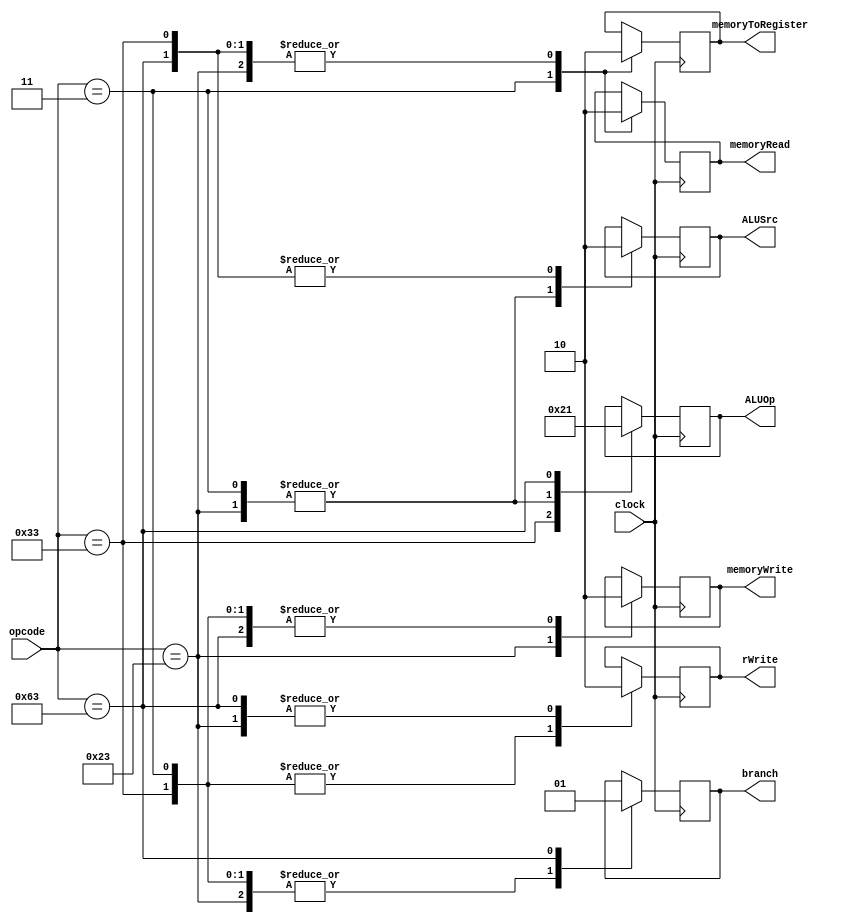
//-------------------------------------------------------
// Type: module
// Department: Cincia da computao - UFV-Florestal
// Author's Email: joao.andrade1@ufv.br, mateus.h.figueredo@ufv.br, vitor.lacerda@ufv.br
//-------------------------------------------------------
// Release history
// Version Date            Description
// 0.1     01/07/2022      Archive creation
// 0.2     02/07/2022      Version with code
//-------------------------------------------------------
// Keywords:   controller, control
//-------------------------------------------------------
// Purpose:    control of the datapath

module Controller(
    ALUOp,
    branch,
    rWrite,
    memoryToRegister,
    ALUSrc,
    memoryRead,
    memoryWrite,
    opcode,
    clock
);

    output reg branch;              // Branch signal to the And multiplexer
    output reg rWrite;            // Register write signal to the register memory
    output reg memoryToRegister;    // Memory to register signal to the multplexer
    output reg ALUSrc;              // ALU Src signal to the mutplexer
    output reg memoryRead;          // read Memory signal to the Datamemory
    output reg memoryWrite;         // write Memory signal to the Datamemory
    output reg[1:0] ALUOp;          // ALU operation to the ALU Controller

    input[6:0] opcode;              // Opcode from the instruction
    input clock;

    // logic of the Controller, used to generate signals to datapath modules
    always @(posedge clock)
        begin
            case (opcode)
                7'b0110011: // R-format
                    begin
                        ALUSrc <= 1'b0;//certo
                        memoryToRegister <= 1'b0;//certo
                        rWrite <= 1'b1;//certo
                        memoryRead <= 1'b0;//certo
                        memoryWrite <= 1'b0;//certo
                        branch <= 1'b0; //certo
                        ALUOp <= 2'b10;//certo
                    end
                7'b0000011: // LD
                    begin
                        ALUSrc <= 1'b1;//certo
                        memoryToRegister <= 1'b1;//certo
                        rWrite <= 1'b1;//certo
                        memoryRead <= 1'b1;//certo
                        memoryWrite <= 1'b0;//certo
                        branch <= 1'b0;//certo
                        ALUOp <= 2'b00;//certo
                    end
                7'b0100011: // SD
                    begin
                        ALUSrc <= 1'b1;//certo
                        memoryToRegister <= 1'b0;
                        rWrite <= 1'b0;
                        memoryRead <= 1'b0;
                        memoryWrite <= 1'b1;//certo
                        branch <= 1'b0;
                        ALUOp <= 2'b00;
                    end
                7'b1100011: // BEQ
                    begin
                        ALUSrc <= 1'b0;
                        memoryToRegister <= 1'b0;
                        rWrite <= 1'b0;
                        memoryRead <= 1'b0;
                        memoryWrite <= 1'b0;
                        branch <= 1'b1;//certo
                        ALUOp <= 2'b01;//certo
                    end
            endcase
        end

endmodule